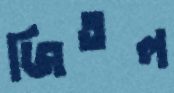
জিতল